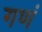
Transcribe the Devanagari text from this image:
गणं